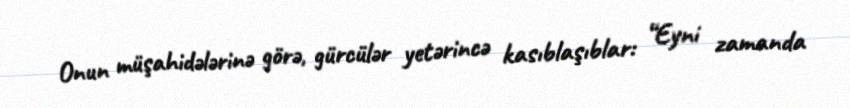
Onun müşahidələrinə görə, gürcülər yetərincə kasıblaşıblar: “Eyni zamanda